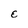
Character: E